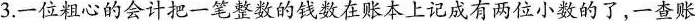
3.一位粗心的会计把一笔整数的钱数在账本上记成有两位小数的了，一查账